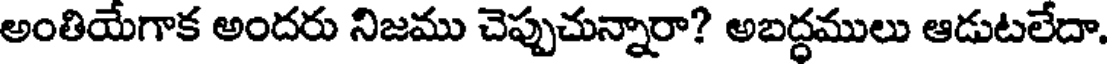
అంతియేగాక అందరు నిజము చెప్పుచున్నారా? అబద్ధములు ఆడుటలేదా.